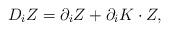
LaTeX: \begin{align*}D_iZ=\partial_i Z+\partial_iK \cdot Z,\end{align*}